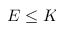
E \leq K